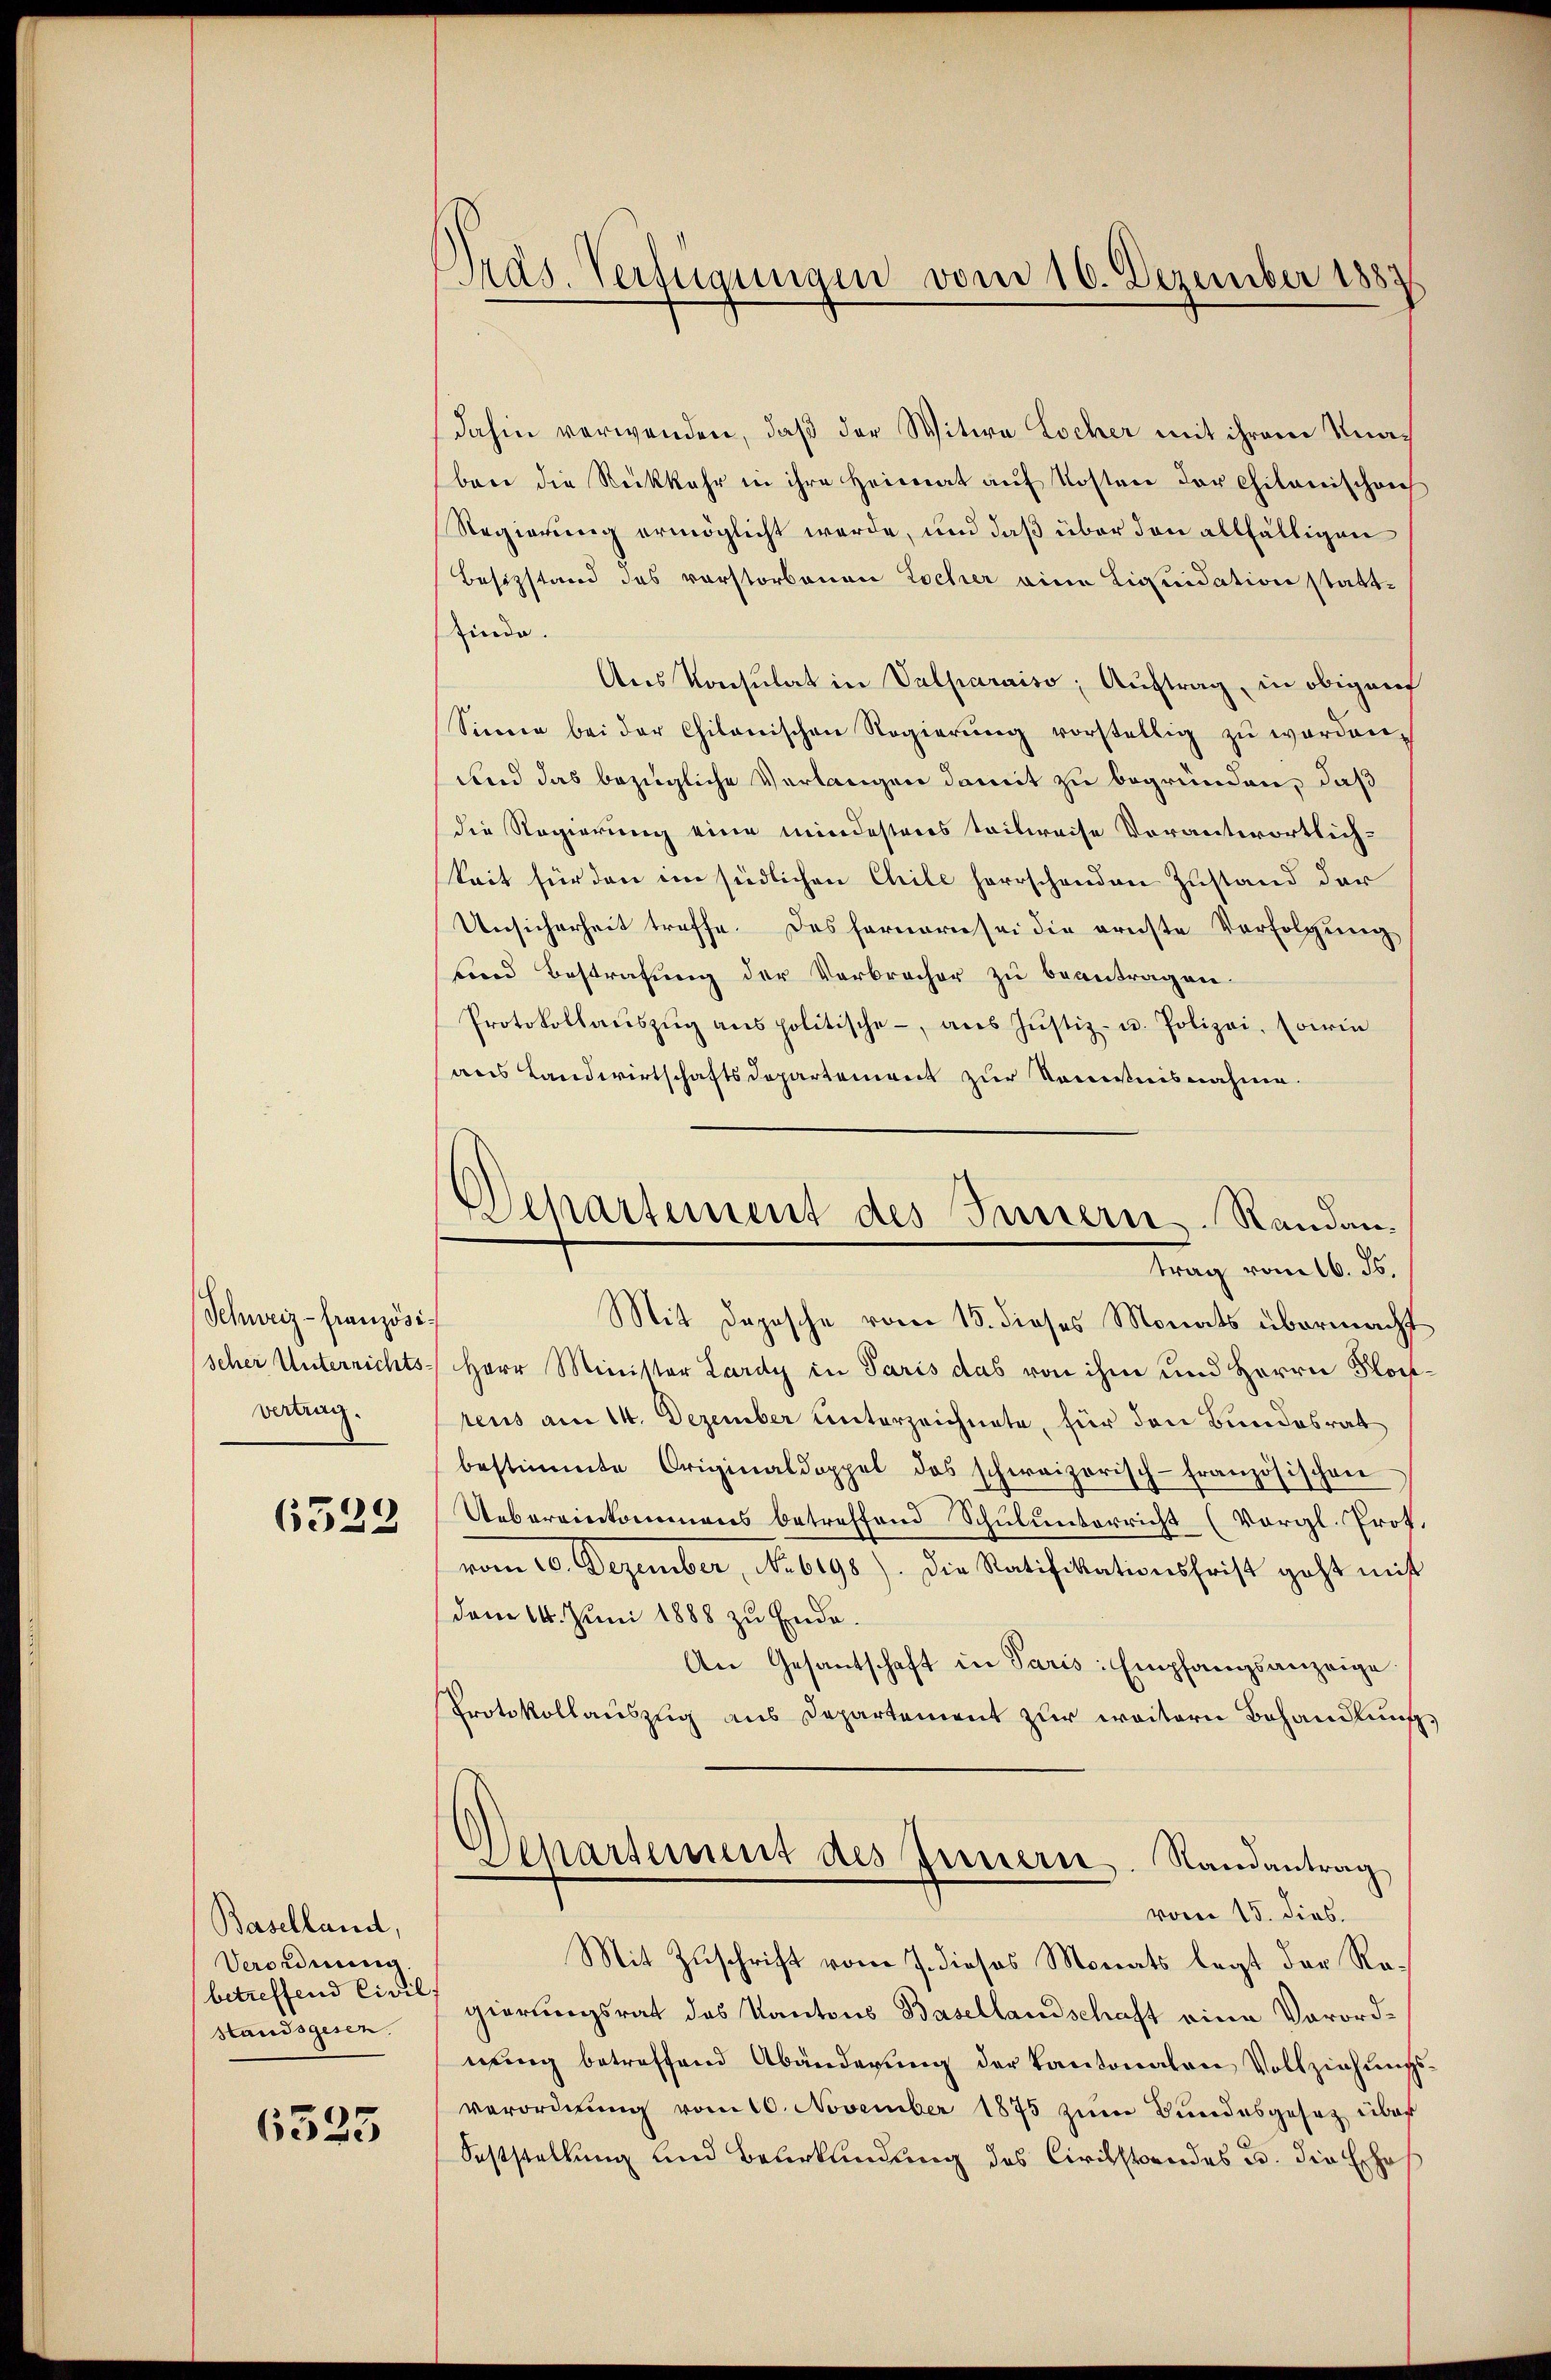
Schweiz - Französischer Unterrichts-
vertrag.

6523

Baselland,
Verordnung.
betreffend Civil
standsgesen.

6535

Präs. Verfügungen vom 16. Dezember 1883

Departement des Innern. Randantrag vom 16. ds.

dahin verwenden, daß der Witwe Locher mit ihrem Knabare die Rückkehr in ihre Heimat aŭf Kosten der Chikanischon
Regierung ermöglicht werde, und daß über den allfälligen
Besitzstand des vorstorbenen Locher eine Liquidation stattinde.
Ans Konsulat in Valparaiso; Auftrag, in obigen
Sinne bei der Chilanischen Regierŭng vorstellig zŭ werden,
und das bezügliche Verlangen damit zu begründen, daß
die Regierung eine mindesteres teilweise Vorantwortlich-
keit für den im siedlichen Chile herrschenden Zustand der
Unsicherheit treffe. Das fernern sei die ernste Verfolgung
und Bestrafung der Verbrecher zu beantragen.
Protokollaŭszŭg anspolitische, aŭs Jŭstiz- u. Polizei, (orin
aus Landwirtschaftsdepartement zur Kenntnisnahme.
Mit Depesche vom 15. dieses Monats übermacht
Herr Minister Lardy in Paris das von ihm und Herrn Floctens am 14. Dezember unterzeichnete, für den Bundesrat
bestimmte Originaldoppel das schweizerisch-französischen
Uebereinkommens betreffend Schulunterricht (Vorgl. Prof.
vom 20. Dezember, No. 6198). Die Ratifikationsfrist geht mit
dem 14. Juni 1888 zu Ende.
An Gesantschaft in Paris: Empfangsanzeige.
Protokollauszug aus Departement zur weitern Behandlung,
Departement des Innern. Randantrag
vom 15. dies.
Mit Zuschrift vom 7. dieses Monats legt der Regierungsrat des Kantons Basellandschaft eine Verordnung betreffend Abänderung der Kantonaten Vollziehungsverordnung vom 10. November 1875 zum Bundesgesetz über
Seststellung und Beurkundung des Civilstandes u. die Echos